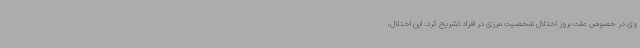
وی در خصوص علت بروز اختلال شخصیت مرزی در افراد تشریح کرد: این اختلال،